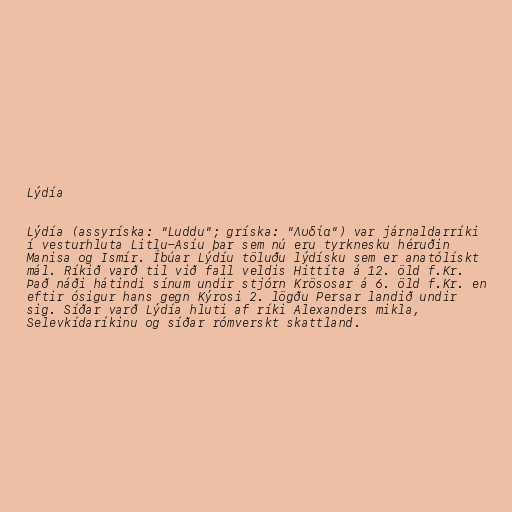
Lýdía

Lýdía (assyríska: "Luddu"; gríska: "Λυδία") var járnaldarríki
í vesturhluta Litlu-Asíu þar sem nú eru tyrknesku héruðin
Manisa og Ismír. Íbúar Lýdíu töluðu lýdísku sem er anatólískt
mál. Ríkið varð til við fall veldis Hittíta á 12. öld f.Kr.
Það náði hátindi sínum undir stjórn Krösosar á 6. öld f.Kr. en
eftir ósigur hans gegn Kýrosi 2. lögðu Persar landið undir
sig. Síðar varð Lýdía hluti af ríki Alexanders mikla,
Selevkídaríkinu og síðar rómverskt skattland.